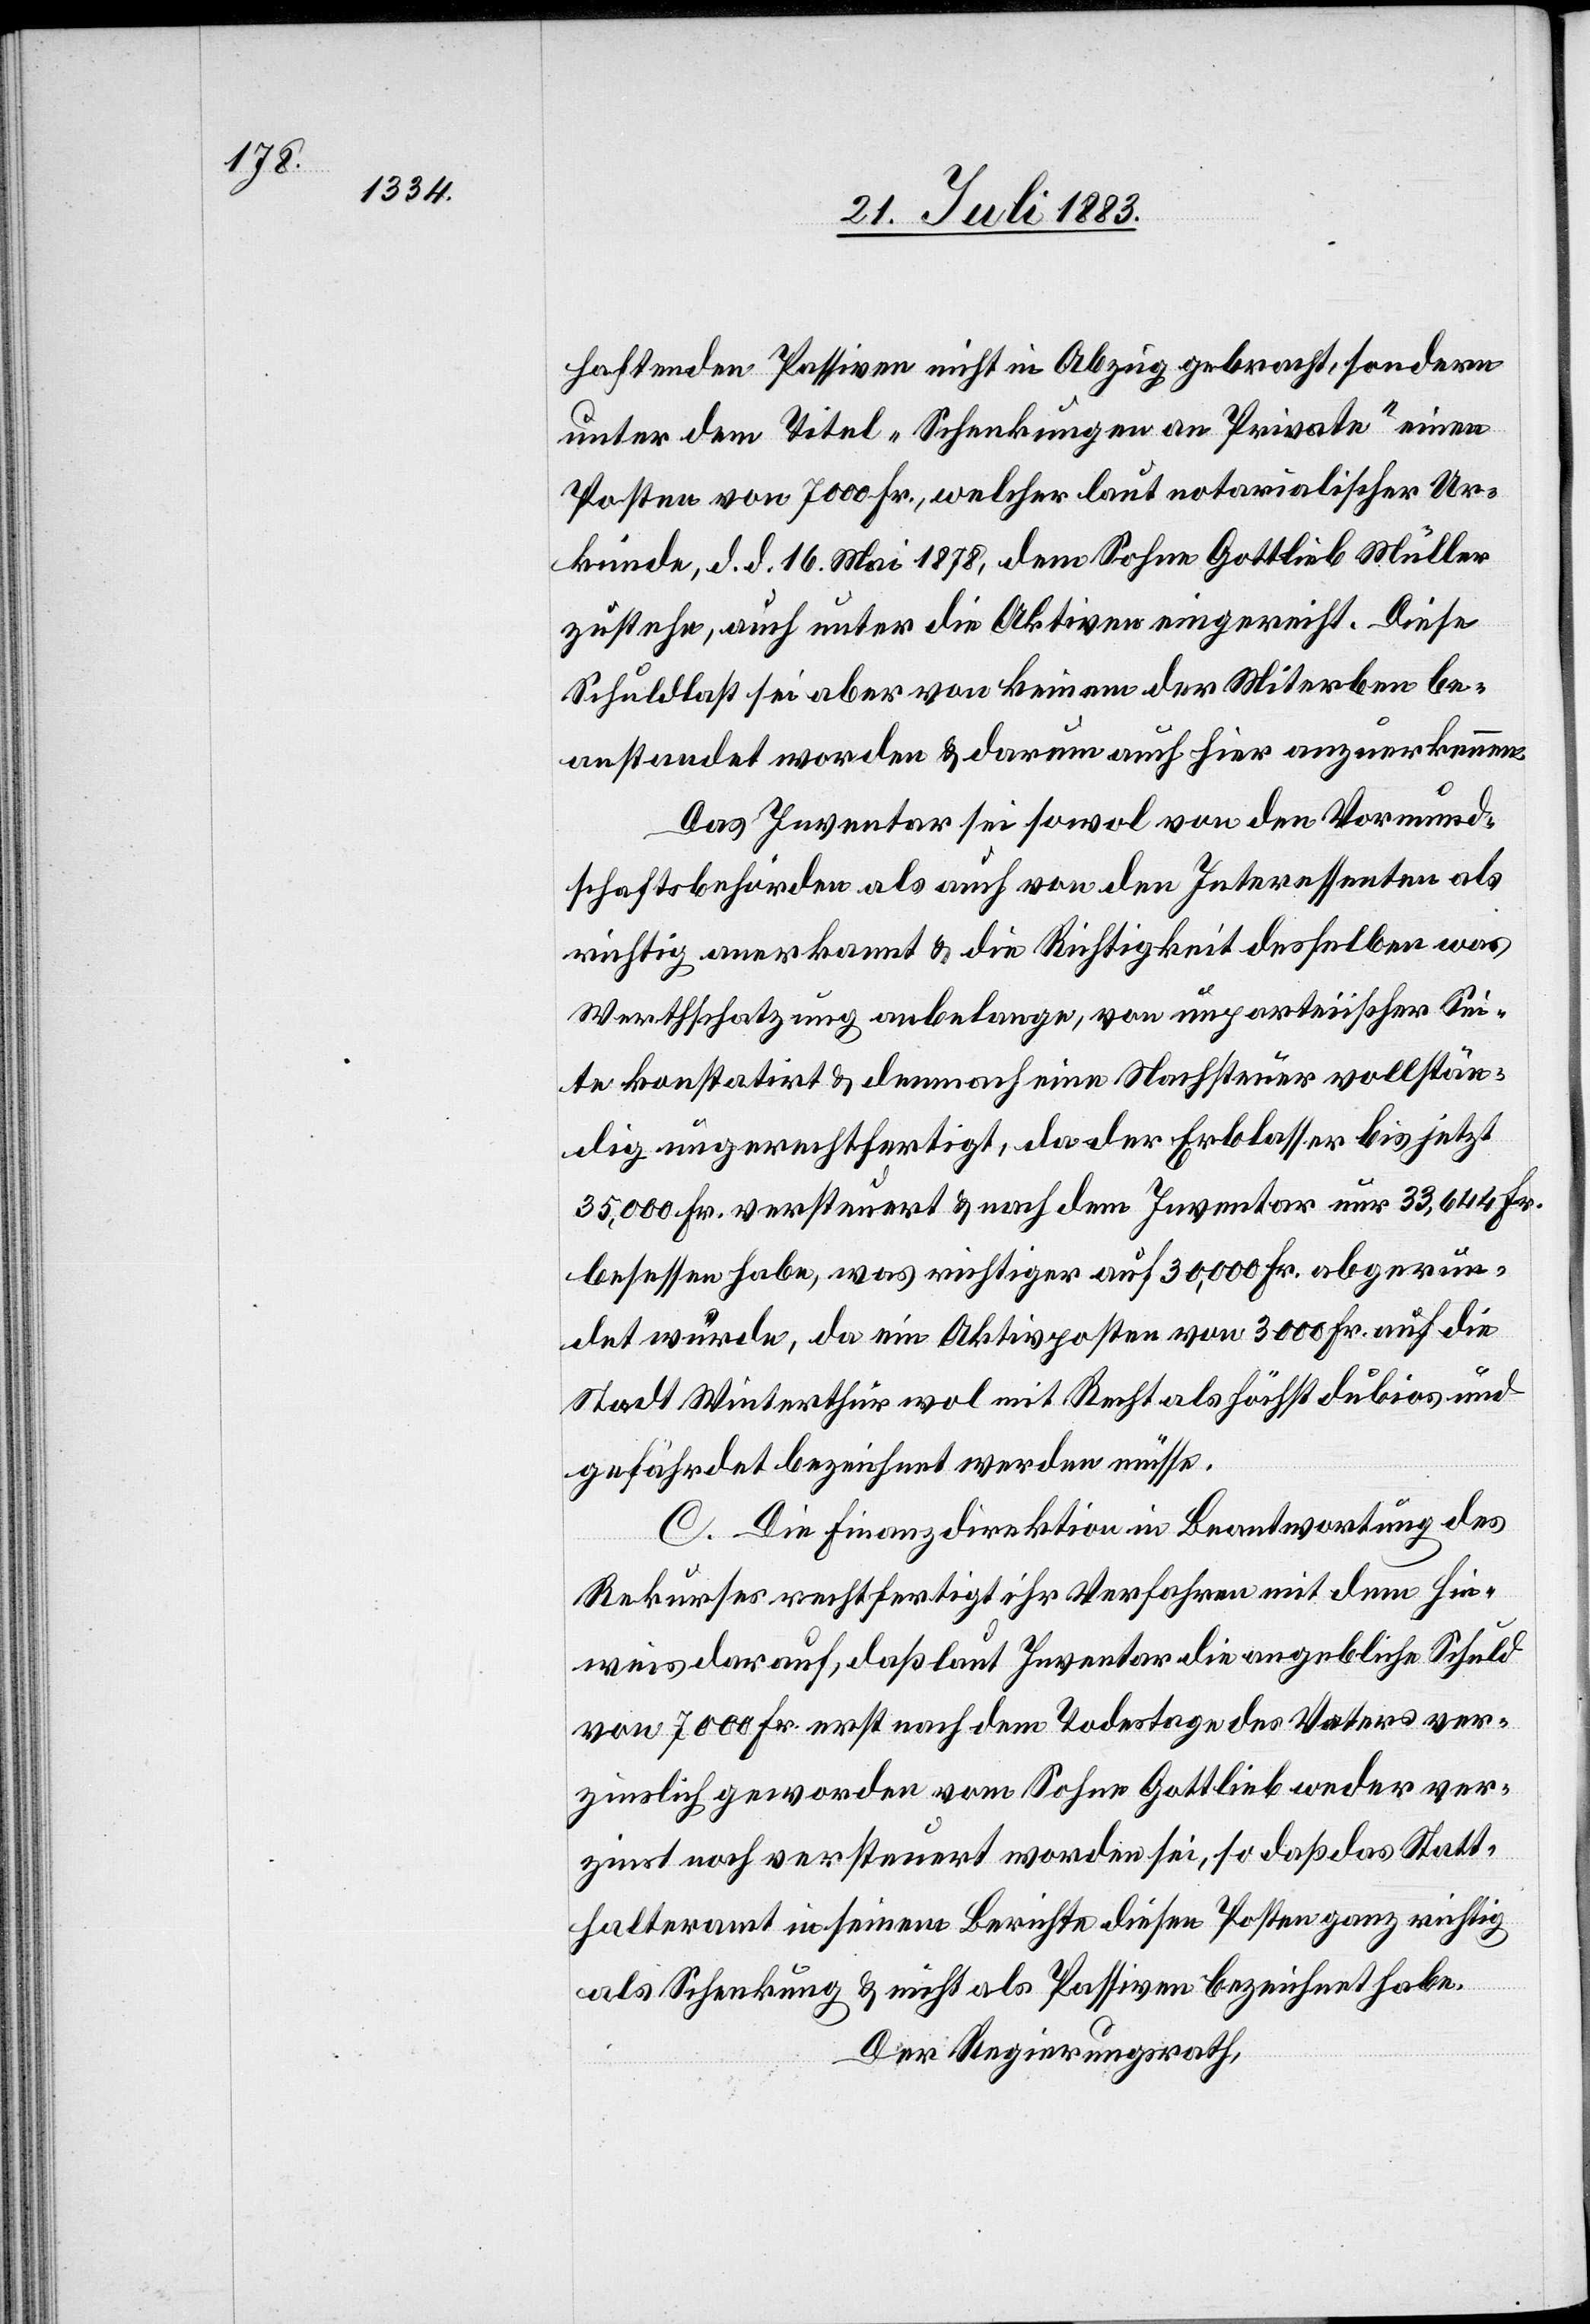
fallenden Passiven nicht in Abzug gebracht, sondern
unter dem Titel „Schenkungen an Private“ einen
Posten von 7000 Fr., welcher laut notarialischer Ur¬
kunde, d. d. 16. Mai 1878, dem Sohne Gottlieb Müller
zustehe, auch unter die Aktiven eingereicht. Diese
Schuldlast sei aber von keinem der Miterben be¬
anstandet worden & darum auch hier anzuerkennen.
Das Inventar sei sowol von den Vormund¬
schaftsbehörden als auch von den Interessenten als
richtig anerkannt & die Richtigkeit desselben was
Werthschatzung anbelange, von unparteiischer Sei¬
te konstatirt & demnach eine Nachsteuer vollstän¬
dig ungerechtfertigt, da der Erblasser bis jetzt
35,000 Fr. versteuert & nach dem Inventar nur 33,644 Fr.
besessen habe, was richtiger auf 30,000 Fr. abgerun¬
det würde, da ein Aktivposten von 3000 Fr. auf die
Stadt Winterthur wol mit Recht als höchst dubios und
gefährdet bezeichnet werden müsse.
C. Die Finanzdirektion in Beantwortung des
Rekurses rechtfertigt ihr Verfahren mit dem Hin¬
weis darauf, daß laut Inventar die angebliche Schuld
von 7000 Fr. erst nach dem Todestage des Vaters ver¬
zinslich geworden vom Sohne Gottlieb weder ver¬
zinst noch versteuert worden sei, so daß das Statt¬
halteramt in seinem Berichte diesen Posten ganz richtig
als Schenkung & nicht als Passiven bezeichnet habe.
Der Regierungsrath,